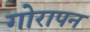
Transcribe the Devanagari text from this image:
गोरापन